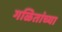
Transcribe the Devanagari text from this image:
गळितांच्या